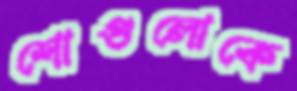
শোগুলোকে